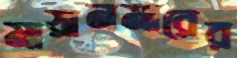
মায়ানমারের